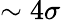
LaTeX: \sim 4\sigma